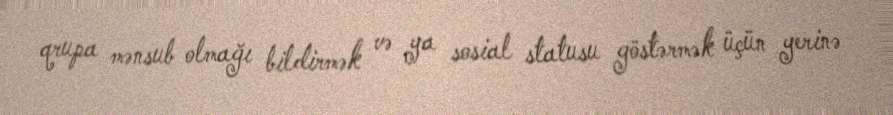
qrupa mənsub olmağı bildirmək və ya sosial statusu göstərmək üçün yerinə